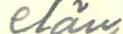
elän,